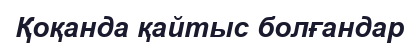
Қоқанда қайтыс болғандар